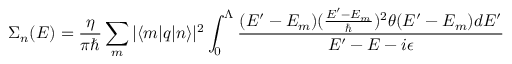
\Sigma _ { n } ( E ) = \frac { \eta } { \pi \hbar } \sum _ { m } | \langle m | q | n \rangle | ^ { 2 } \int _ { 0 } ^ { \Lambda } \frac { ( E ^ { \prime } - E _ { m } ) ( \frac { E ^ { \prime } - E _ { m } } { \hbar } ) ^ { 2 } \theta ( E ^ { \prime } - E _ { m } ) d E ^ { \prime } } { E ^ { \prime } - E - i \epsilon }